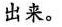
出来。